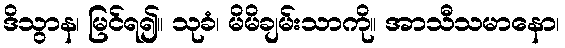
ဒိသွာန၊ မြင်ရ၍။ သုခံ၊ မိမိချမ်းသာကို။ အာသီသမာနော၊